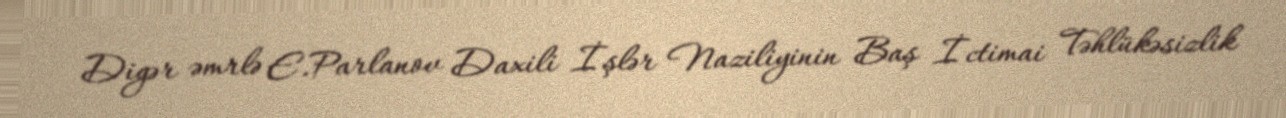
Digər əmrlə E.Parlanov Daxili İşlər Naziliyinin Baş İctimai Təhlükəsizlik